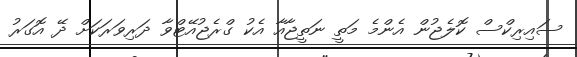
ސައިރިކްސް ކޮލެޖުން އެންމެ މަތީ ނަތީޖާއާ އެކު ގްރެޖުއޭޓްވާ ދަރިވަރަކަށް ދޭ އޮގަރު